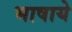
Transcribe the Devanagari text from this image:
भाषाये